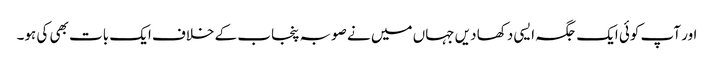
اور آپ کوئی ایک جگہ ایسی دکھا دیں جہاں میں نے صوبہ پنجاب کے خلاف ایک بات بھی کی ہو۔